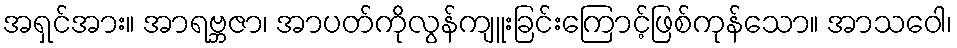
အရှင်အား။ အာရဗ္ဘဇာ၊ အာပတ်ကိုလွန်ကျူးခြင်းကြောင့်ဖြစ်ကုန်သော။ အာသဝေါ၊